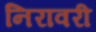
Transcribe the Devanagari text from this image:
निरावरी